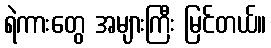
ရဲကားတွေ အများကြီး မြင်တယ်။